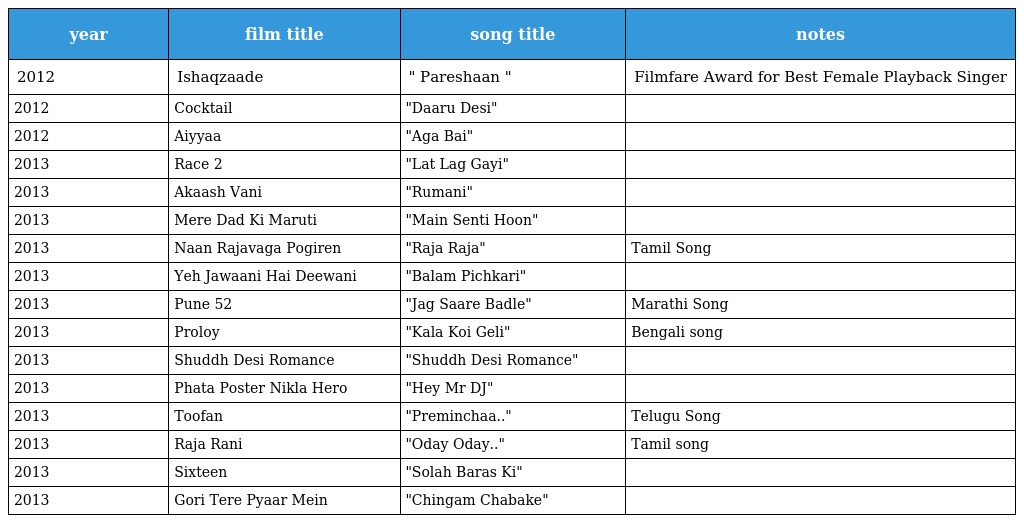
| year | film title | song title | notes |
 | --- | --- | --- | --- |
 | 2012 | Ishaqzaade | " Pareshaan " | Filmfare Award for Best Female Playback Singer |
 | 2012 | Cocktail | "Daaru Desi" |  |
 | 2012 | Aiyyaa | "Aga Bai" |  |
 | 2013 | Race 2 | "Lat Lag Gayi" |  |
 | 2013 | Akaash Vani | "Rumani" |  |
 | 2013 | Mere Dad Ki Maruti | "Main Senti Hoon" |  |
 | 2013 | Naan Rajavaga Pogiren | "Raja Raja" | Tamil Song |
 | 2013 | Yeh Jawaani Hai Deewani | "Balam Pichkari" |  |
 | 2013 | Pune 52 | "Jag Saare Badle" | Marathi Song |
 | 2013 | Proloy | "Kala Koi Geli" | Bengali song |
 | 2013 | Shuddh Desi Romance | "Shuddh Desi Romance" |  |
 | 2013 | Phata Poster Nikla Hero | "Hey Mr DJ" |  |
 | 2013 | Toofan | "Preminchaa.." | Telugu Song |
 | 2013 | Raja Rani | "Oday Oday.." | Tamil song |
 | 2013 | Sixteen | "Solah Baras Ki" |  |
 | 2013 | Gori Tere Pyaar Mein | "Chingam Chabake" |  |